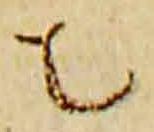
者